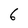
Character: 6